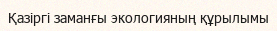
Қазіргі заманғы экологияның құрылымы